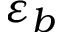
\varepsilon _ { b }